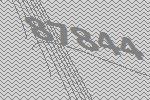
87844